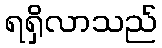
ရရှိလာသည်